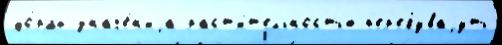
фо́рмы значе́н'иjа раст'и́т'ельностью п'ер'ебуваjуть